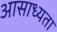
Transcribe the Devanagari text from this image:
आसाध्यता